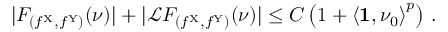
| F _ { ( f ^ { \mathrm { X } } , f ^ { \mathrm { Y } } ) } ( \nu ) | + | \mathcal { L } F _ { ( f ^ { \mathrm { X } } , f ^ { \mathrm { Y } } ) } ( \nu ) | \leq C \left( 1 + \left\langle \mathbf { 1 } , \nu _ { 0 } \right\rangle ^ { p } \right) \, .